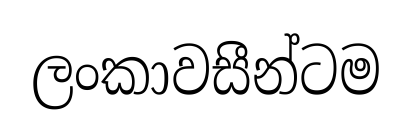
ලංකාවසීන්ටම